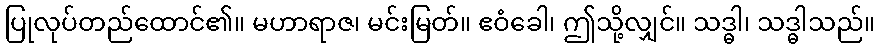
ပြုလုပ်တည်ထောင်၏။ မဟာရာဇ၊ မင်းမြတ်။ ဧဝံခေါ၊ ဤသို့လျှင်။ သဒ္ဓါ၊ သဒ္ဓါသည်။